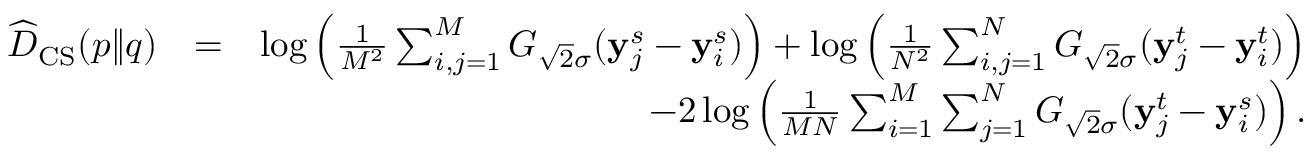
\begin{array} { r l r } { \widehat { D } _ { \mathrm { C S } } ( p \| q ) } & { = } & { \log \left( \frac { 1 } { M ^ { 2 } } \sum _ { i , j = 1 } ^ { M } G _ { \sqrt { 2 } \sigma } ( \mathbf { y } _ { j } ^ { s } - \mathbf { y } _ { i } ^ { s } ) \right) + \log \left( \frac { 1 } { N ^ { 2 } } \sum _ { i , j = 1 } ^ { N } G _ { \sqrt { 2 } \sigma } ( \mathbf { y } _ { j } ^ { t } - \mathbf { y } _ { i } ^ { t } ) \right) } \\ & { } & { - 2 \log \left( \frac { 1 } { M N } \sum _ { i = 1 } ^ { M } \sum _ { j = 1 } ^ { N } G _ { \sqrt { 2 } \sigma } ( \mathbf { y } _ { j } ^ { t } - \mathbf { y } _ { i } ^ { s } ) \right) . } \end{array}